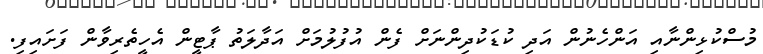
މުސްކުޅިންނާއި އަންހެނުން އަދި ކުޑަކުދިންނަށް ފެން އުފުލުމަށް އަދާލަތު ޕާޓީން އެހީތެރިވާން ފަށައިފި.